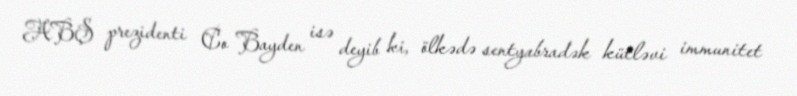
ABŞ prezidenti Co Bayden isə deyib ki, ölkədə sentyabradək kütləvi immunitet